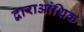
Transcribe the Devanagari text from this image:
द्वाराआंशिक